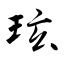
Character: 玹